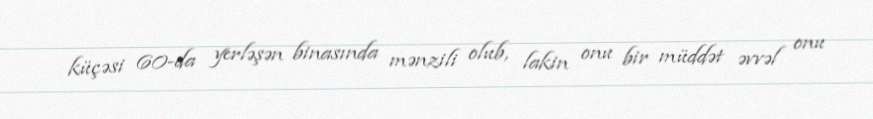
küçəsi 60-da yerləşən binasında mənzili olub, lakin onu bir müddət əvvəl onu